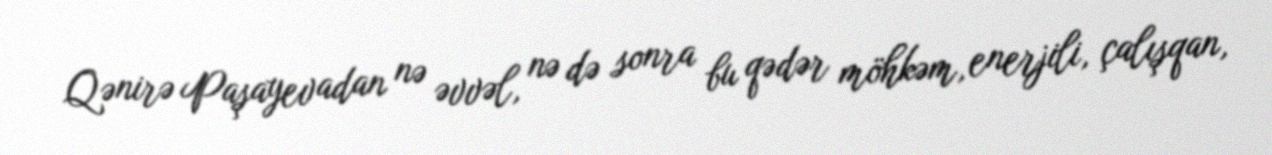
Qənirə Paşayevadan nə əvvəl, nə də sonra bu qədər möhkəm, enerjili, çalışqan,